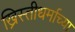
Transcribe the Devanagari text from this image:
ख्रिस्तीधर्माच्या